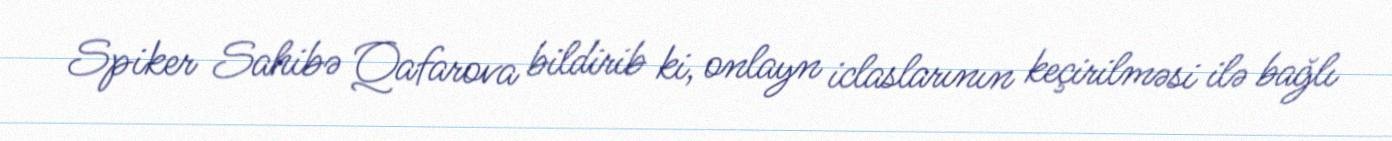
Spiker Sahibə Qafarova bildirib ki, onlayn iclaslarının keçirilməsi ilə bağlı